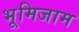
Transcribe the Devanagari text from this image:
भूमिजाम